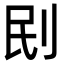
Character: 刡